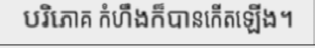
បរិភោគ កំហឹងក៏បានកើតឡើង។